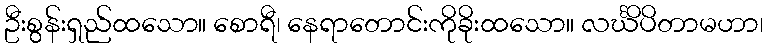
ဦးစွန်းရှည်ထသော။ စောရီ၊ နေရာတောင်းကိုခိုးထသော။ လင်္ဃိပိတာမဟာ၊